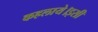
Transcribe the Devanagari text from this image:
कहलाये।इसी